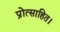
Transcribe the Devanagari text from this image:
प्रोत्साहित।